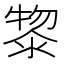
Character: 𭱮